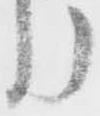
う